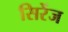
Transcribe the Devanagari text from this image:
सिरेंज